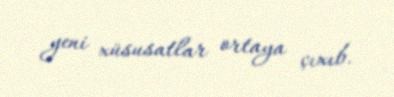
yeni xüsusatlar ortaya çıxıb.